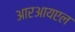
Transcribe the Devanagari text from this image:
आरआयएल